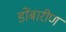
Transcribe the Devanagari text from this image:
डोंबारीण